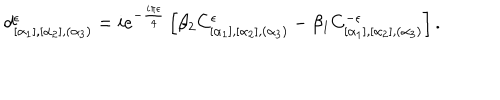
d _ { [ \alpha _ { 1 } ] , [ \alpha _ { 2 } ] , ( \alpha _ { 3 } ) } ^ { \epsilon } = i e ^ { - \frac { i \pi \epsilon } { 4 } } \left[ \beta _ { 2 } C _ { [ \alpha _ { 1 } ] , [ \alpha _ { 2 } ] , ( \alpha _ { 3 } ) } ^ { \epsilon } - \beta _ { 1 } C _ { [ \alpha _ { 1 } ] , [ \alpha _ { 2 } ] , ( \alpha _ { 3 } ) } ^ { - \epsilon } \right] .